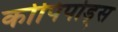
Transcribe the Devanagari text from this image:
कोपिपोड्स